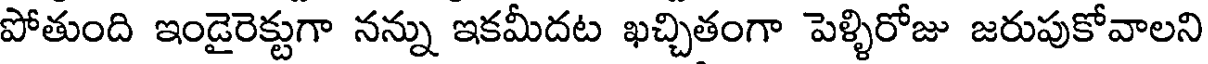
పోతుంది ఇండైరెక్టుగా నన్ను ఇకమీదట ఖచ్చితంగా పెళ్ళిరోజు జరుపుకోవాలని